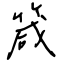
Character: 箴